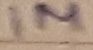
Text: 1M